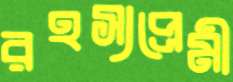
রহস্যপ্রেমী